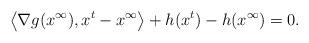
LaTeX: \begin{align*}\left\langle\nabla g({x}^\infty), x^t-{x}^\infty\right\rangle+h(x^t)-h({x}^\infty)=0. \end{align*}